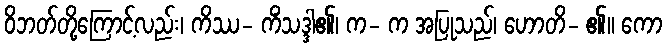
ဝိဘတ်တို့ကြောင့်လည်း၊ ကိဿ- ကိံသဒ္ဒါ၏၊ က- က အပြုသည်၊ ဟောတိ- ၏။ ကော